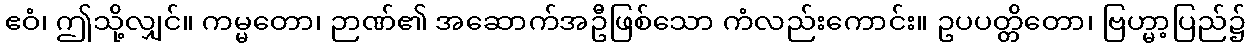
ဧဝံ၊ ဤသို့လျှင်။ ကမ္မတော၊ ဉာဏ်၏ အဆောက်အဦဖြစ်သော ကံလည်းကောင်း။ ဥပပတ္တိတော၊ ဗြဟ္မာ့ပြည်၌